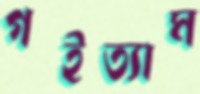
গইত্যাম